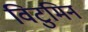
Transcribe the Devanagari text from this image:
विटुमिन